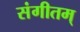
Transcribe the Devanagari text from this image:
संगीतम्‌